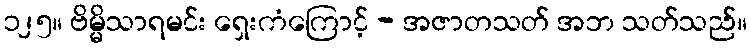
၁၂၅။ ဗိမ္မိသာရမင်း ရှေးကံကြောင့် - အဇာတသတ် အဘ သတ်သည်။